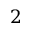
2